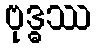
ဗုဒ္ဓဿ